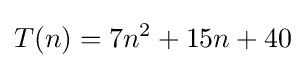
T(n)=7n^{2}+15n+40